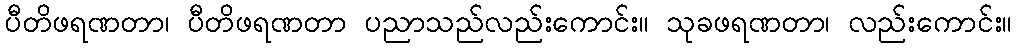
ပီတိဖရဏတာ၊ ပီတိဖရဏတာ ပညာသည်လည်းကောင်း။ သုခဖရဏတာ၊ လည်းကောင်း။